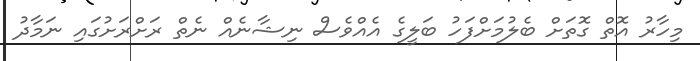
މިހާރު އޮތް ގޮތަށް ބެލުމަށްފަހު ބަލީގެ އެއްވެސް ނިޝާނެއް ނެތް ރަށްރަށުގައި ނަމާދު